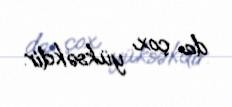
da çox yüksəkdir.